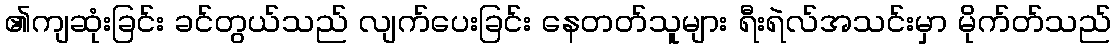
၏ကျဆုံးခြင်း ခင်တွယ်သည် လျက်ပေးခြင်း နေတတ်သူများ ရီးရဲလ်အသင်းမှာ မိုက်တ်သည်